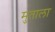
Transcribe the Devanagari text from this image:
मुताला